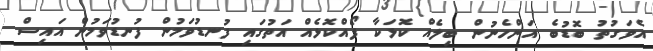
އެވަގުތު ބޮޑުބެ އަންހެނުން ބިލެއް ކޮޅަކާ ފޯއްކޮޅެއް އަތުގައި ފުނޑުވަމުން ފުނޑުވަމުން އައިސް